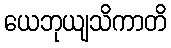
ယေဘုယျသိကာတိ